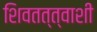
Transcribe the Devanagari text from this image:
शिवतत्त्वाशी